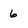
Character: 6